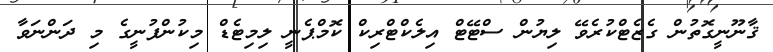
ޤާނޫނީގޮތުން ގެޒެޓްކުރެވޭ ލިޔުން ސްޓޭޓް އިލެކްޓްރިކް ކޮމްޕެނީ ލިމިޓެޑް މިކުންފުނީގެ މި ދަންނަވާ